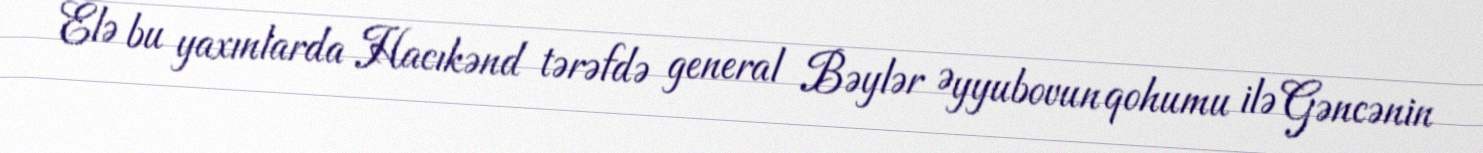
Elə bu yaxınlarda Hacıkənd tərəfdə general Bəylər Əyyubovun qohumu ilə Gəncənin